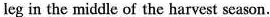
leg in the middle of the harvest season.